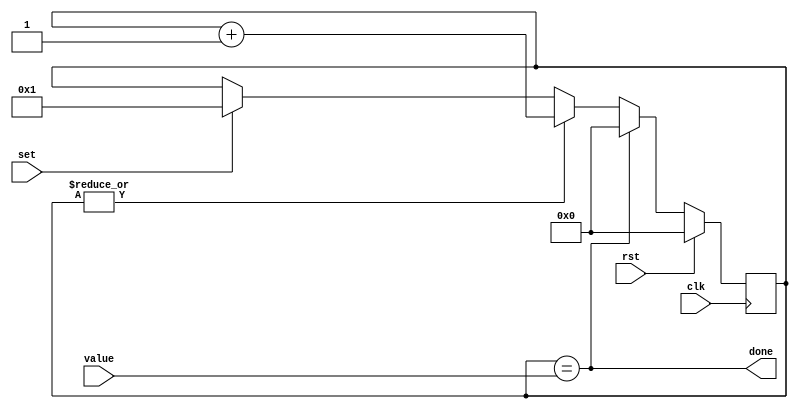
module delay(
	input 				clk,
	input 				rst,
	input [12:0]		value,
	input 				set,
	
	output				done
);

reg  [12:0]	cntr;


always @(posedge clk) 
	if (rst) begin
		cntr <= 13'b0;
	end
	else begin
		if (set)
			cntr <= 'b1;
		if (cntr == value) 
			cntr <= 13'b0;
		else if (|cntr)				// keep counting if we already counted
			cntr <= cntr + 'b1;		
	end	
	
assign done = (cntr == value);      // pulse - stop counting when reaching the value
	
endmodule